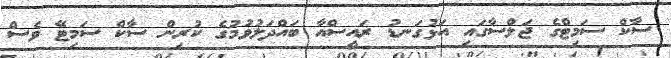
ސާކް ސަމިޓްގެ ޖަލްސާގައި އަޅުގަނޑު ރައީސްއާ ބައްދަލުވުމުގެ ކުރިން ސާކް ސަމިޓޭ ވެސް